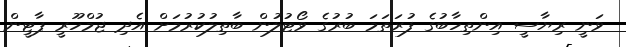
ވަނީ ރިޔާސީ އިންތިހާބުގެ ފުރަތަމަ ބުރުގެ ވޯޓުލުން ބާތިލުކުރުމަށް އެދި ޖުމްހޫރީ ޕާޓީން